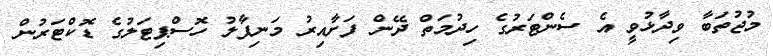
މުޖުތަބާ ވިދާޅުވީ އެ ސެންޓަރުގެ ހިދުމަތް ދޭން ފަށާއިރު މަނިޕާލު ހޮސްޕިޓަލުގެ ޑޮކްޓަރުން